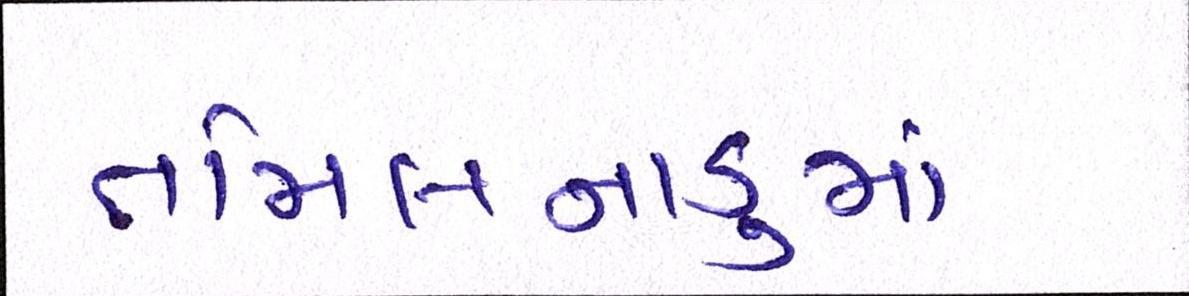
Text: તમિલનાડુમાં